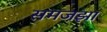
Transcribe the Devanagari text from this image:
समजझा